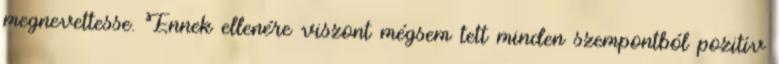
megnevettesse. Ennek ellenére viszont mégsem tett minden szempontból pozitív